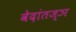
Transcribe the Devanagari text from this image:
वेदांतज्ञ